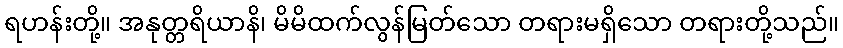
ရဟန်းတို့။ အနုတ္တရိယာနိ၊ မိမိထက်လွန်မြတ်သော တရားမရှိသော တရားတို့သည်။